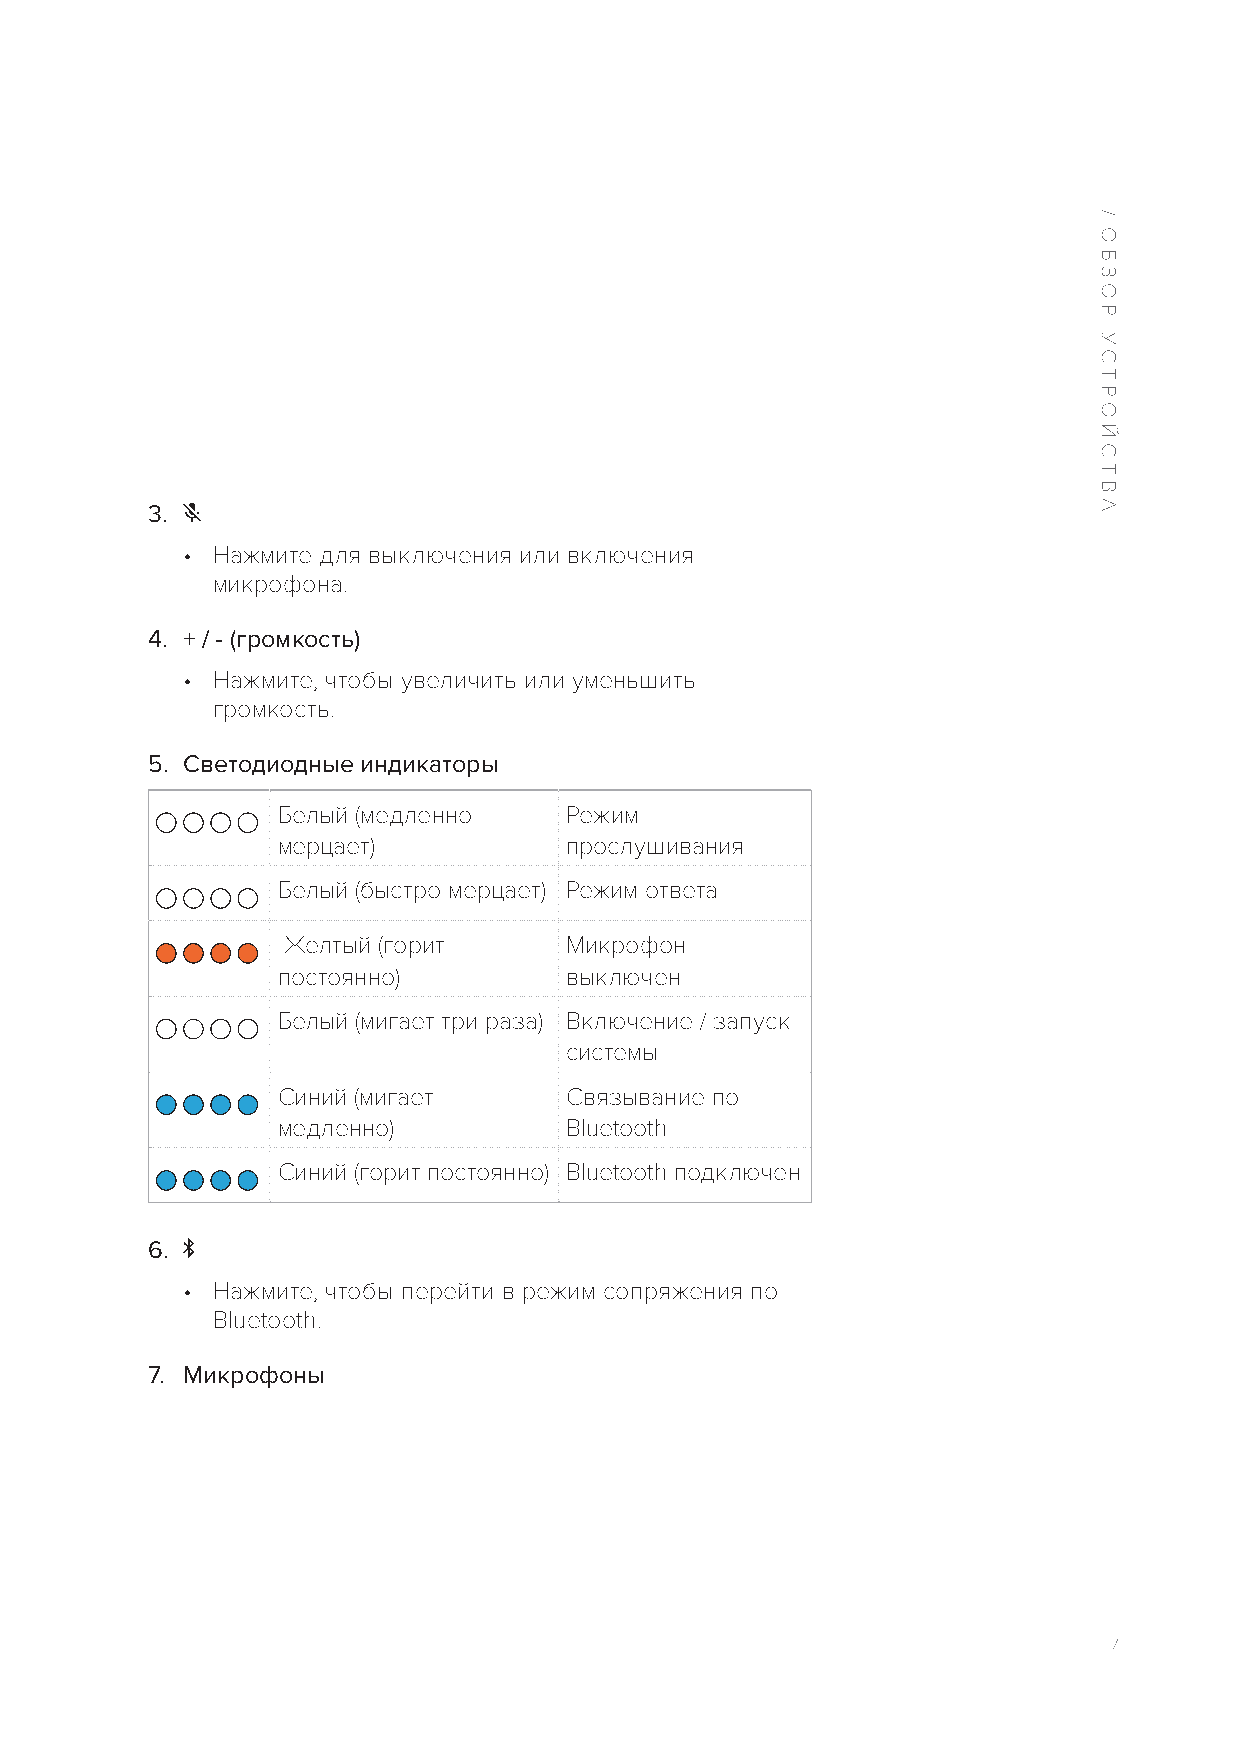
3.
 • Нажмите для выключения или включения
 микрофона.
 4. + / - (громкость)
 • Нажмите, чтобы увеличить или уменьшить
 громкость.
 5. Светодиодные индикаторы
 Белый (медленно    Режим
 мерцает)           прослушивания
 Белый (быстро мерцает) Режим ответа
 Желтый (горит     Микрофон
 постоянно)         выключен
 Белый (мигает три раза) Включение / запуск
 системы
 Синий (мигает      Связывание по
 медленно)          Bluetooth
 Синий (горит постоянно) Bluetooth подключен
 6.
 • Нажмите, чтобы перейти в режим сопряжения по
 Bluetooth.
 7. Микрофоны
 7
 /
 ОБЗОР
 УСТРОЙСТВА